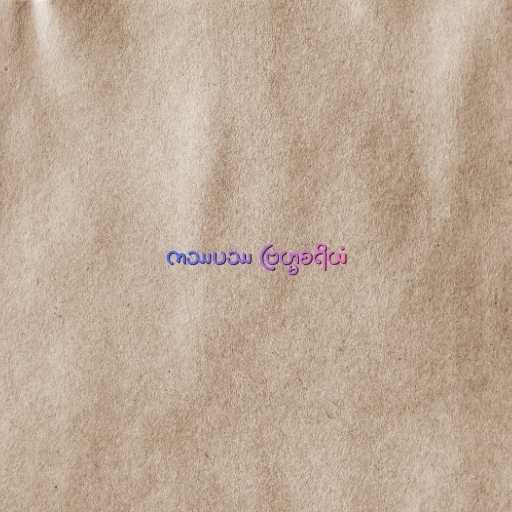
ကဿပဿ ဗြဟ္မစရိယံ